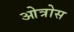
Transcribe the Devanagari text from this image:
ओत्रोस